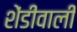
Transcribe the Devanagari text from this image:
शेंडीवाली